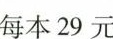
每本29元